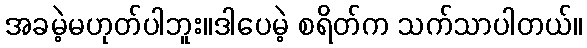
အခမဲ့မဟုတ်ပါဘူး။ဒါပေမဲ့ စရိတ်က သက်သာပါတယ်။